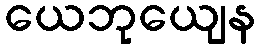
ယေဘုယျေန